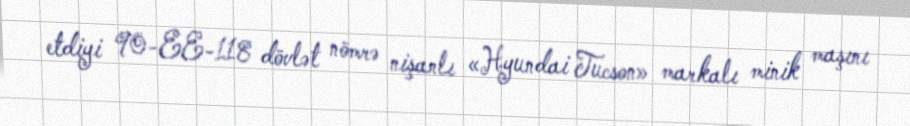
etdiyi 90-EE-118 dövlət nömrə nişanlı «Hyundai Tucson» markalı minik maşını